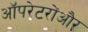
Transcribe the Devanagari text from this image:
ऑपरेटरोंऔर